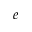
e